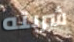
شربته